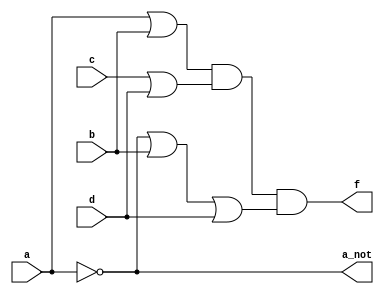
module q3 (input a, b, c, d,
    output a_not, f);

    wire w0, w1, w2;

    not (a_not, a);

    or (w0, a, b), (w1, c, d), (w2, a_not, b, d);

    and (f, w0, w1, w2);
endmodule